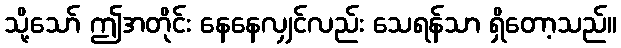
သို့သော် ဤအတိုင်း နေနေလျှင်လည်း သေရန်သာ ရှိတော့သည်။